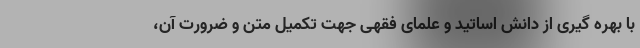
با بهره گیری از دانش اساتید و علمای فقهی جهت تکمیل متن و ضرورت آن،